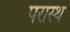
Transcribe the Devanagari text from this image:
परास्थ